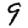
Digit: 9